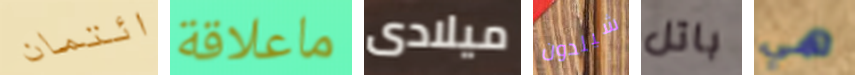
ائتمان ماعلاقة ميلادى شيلدون باتل هي